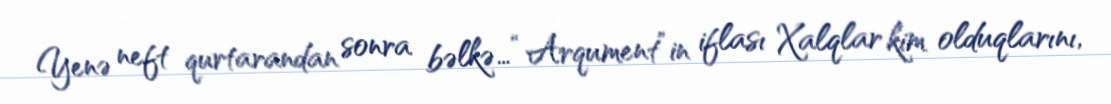
Yenə neft qurtarandan sonra bəlkə… “Arqument”in iflası Xalqlar kim olduqlarını,